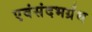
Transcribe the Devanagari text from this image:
एवंसंदभर्ग्रंथ